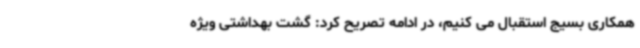
همکاری بسیج استقبال می کنیم، در ادامه تصریح کرد: گشت بهداشتی ویژه